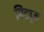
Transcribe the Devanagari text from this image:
मित्जुम